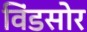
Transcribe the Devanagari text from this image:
विंडसोर